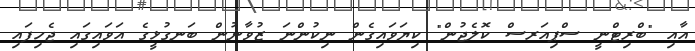
އާއި "ބްރިޓްނީ ސްޕިއަރސް ކޮލެޖުން" ކިޔަވައިގެން ނިކުންނަ ޒުވާނުން ބަނގުޅީގެ އަވައިގައި ޖެހިފައި